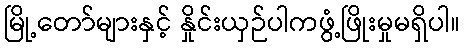
မြို့တော်များနှင့် နှိုင်းယှဉ်ပါကဖွံ့ဖြိုးမှုမရှိပါ။